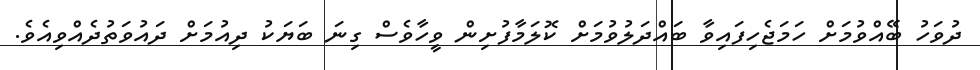
ދުވަހު ބޭއްވުމަށް ހަމަޖެހިފައިވާ ބައްދަލުވުމަށް ކޮލަމާފުށިން ވީހާވެސް ގިނަ ބަޔަކު ދިއުމަށް ދައުވަތުދެއްވިއެވެ.